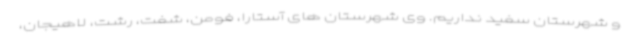
و شهرستان سفید نداریم. وی شهرستان های آستارا، فومن، شفت، رشت، لاهیجان،